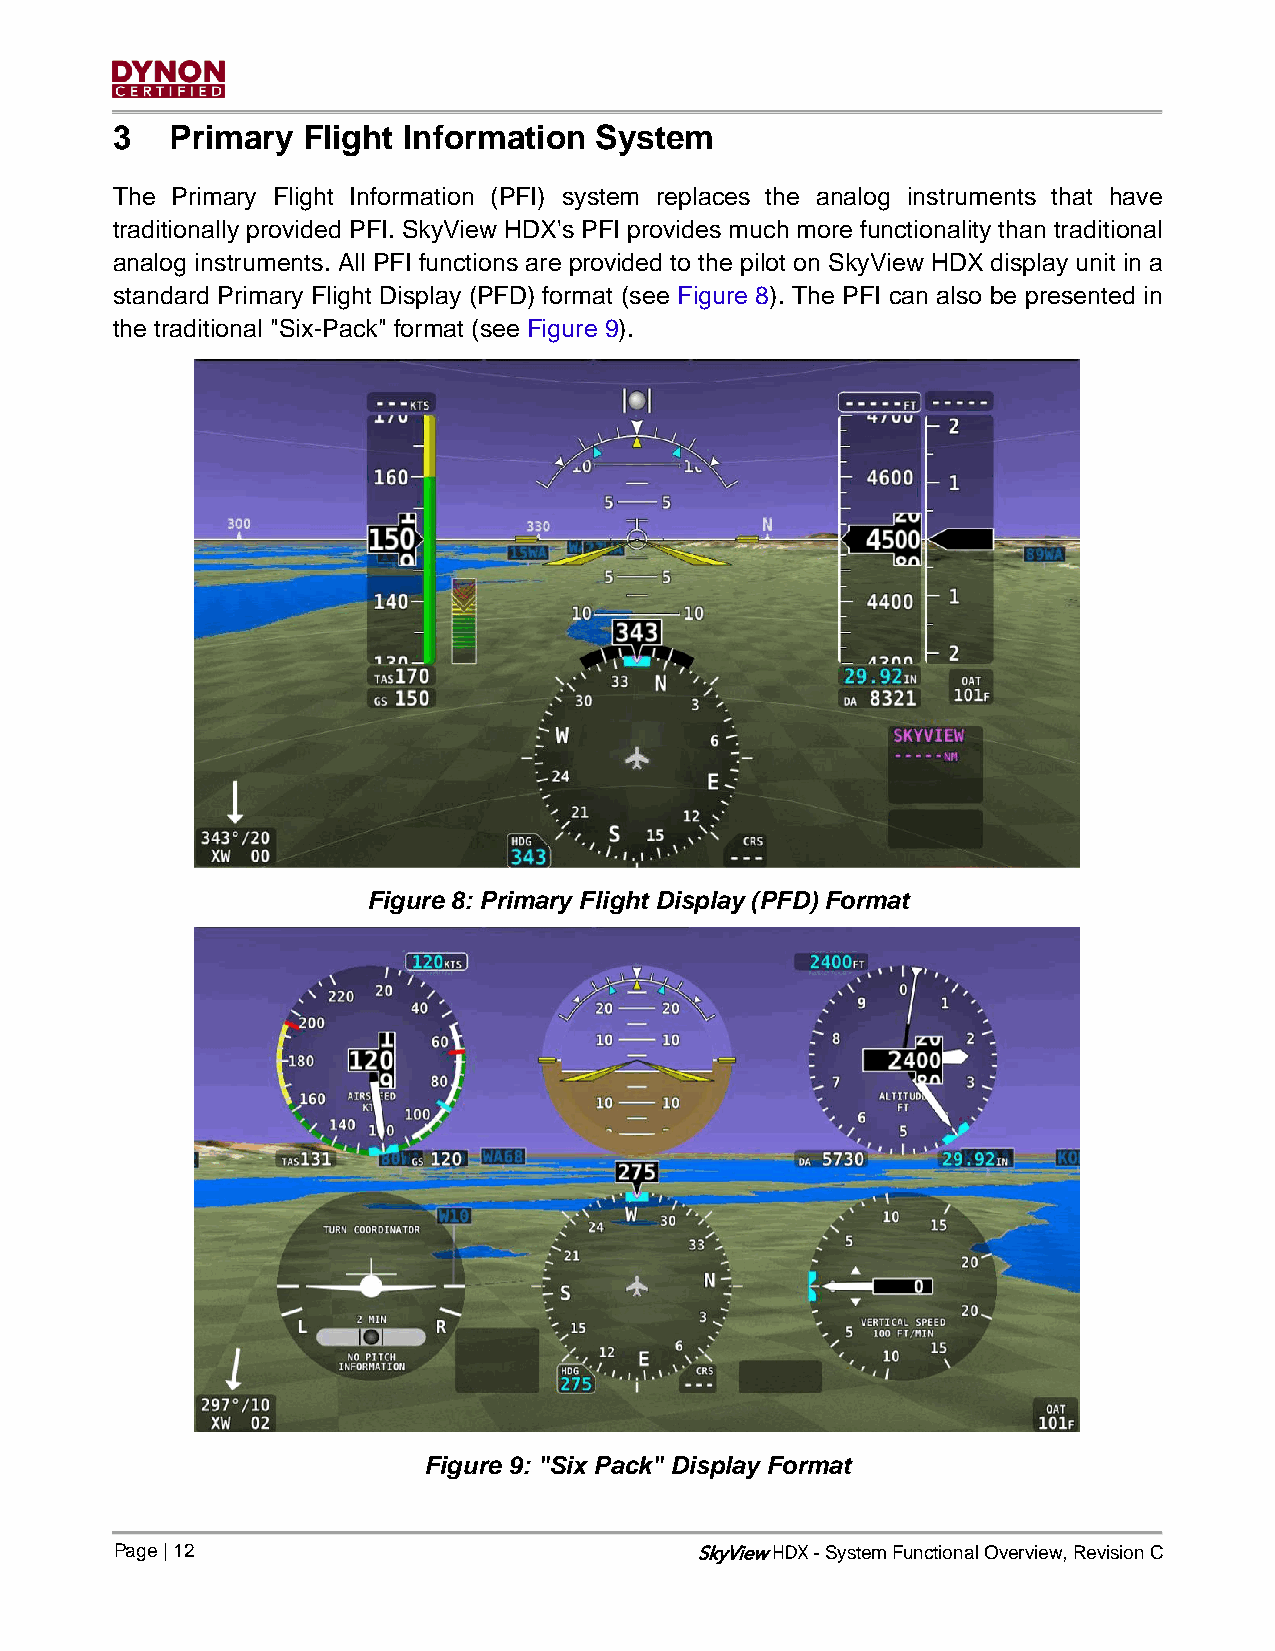
3   Primary  Flight Information System
 The Primary Flight Information (PFI) system replaces the analog instruments that have
 traditionally provided PFI. SkyView HDX's PFI provides much more functionality than traditional
 analog instruments. All PFI functions are provided to the pilot on SkyView HDX display unit in a
 standard Primary Flight Display (PFD) format (see Figure 8). The PFI can also be presented in
 the traditional "Six-Pack" format (see Figure 9).
 Figure 8: Primary Flight Display (PFD) Format
 Figure 9: "Six Pack" Display Format
 Page | 12                             SkyView - System Functional Overview, Revision C